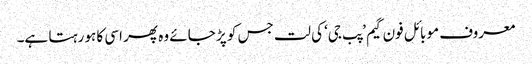
معروف موبائل فون گیم ’پب جی‘ کی لت جس کو پڑ جائے وہ پھر اسی کا ہو رہتا ہے۔